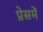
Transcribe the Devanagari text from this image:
प्रेसमें